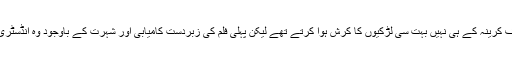
ویسے ایک دور تھا جب راہل صرف کرینہ کے ہی نہیں بہت سی لڑکیوں کا کرش ہوا کرتے تھے لیکن پہلی فلم کی زبردست کامیابی اور شہرت کے باوجود وہ انڈسٹری میں زیادہ دور تک چل نہیں پائے۔